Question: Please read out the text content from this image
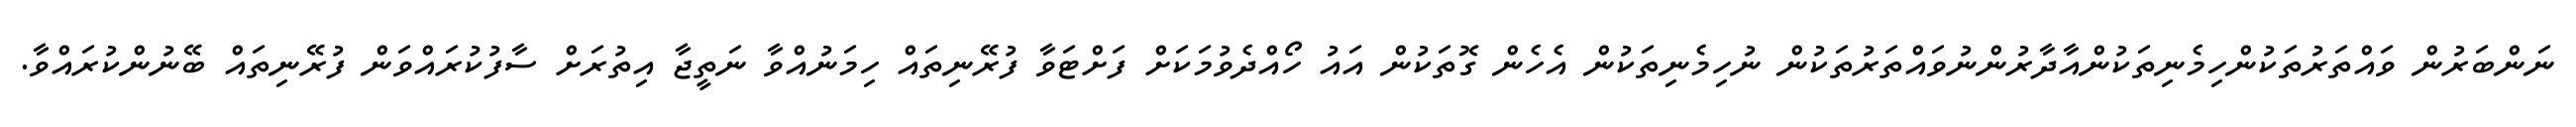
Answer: ނަންބަރުން ވައްތަރުތަކުންހިމެނިތަކުންއާދާރުންނުވައްތަރުތަކުން ނުހިމެނިތަކުން އެހެން ގޮތަކުން އައު ހޯއްދެވުމަކަށް ފަށްޓަވާ ފުރޭނިތައް ހިމަނުއްވާ ނަތީޖާ އިތުރަށް ސާފުކުރައްވަން ފުރޭނިތައް ބޭނުންކުރައްވާ.